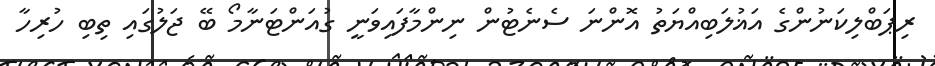
ރިޕަބްލިކަނުންގެ އަޣުލަބިއްޔަތު އޮންނަ ސެނެޓުން ނިންމާފައިވަނީ ގުއަންޓަނާމޯ ބޭ ޖަލުގައި ތިބި ހުރިހާ